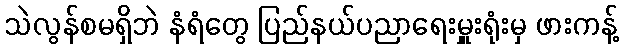
သဲလွန်စမရှိဘဲ နံရံတွေ ပြည်နယ်ပညာရေးမှူးရုံးမှ ဖားကန့်